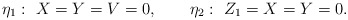
\begin{align*}\eta_1:\ X=Y=V=0,\qquad \eta_2:\ Z_1=X=Y=0.\end{align*}